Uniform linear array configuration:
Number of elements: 16
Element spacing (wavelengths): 0.25
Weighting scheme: kaiser
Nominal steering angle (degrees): -45
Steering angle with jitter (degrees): -46.989
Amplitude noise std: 0.05
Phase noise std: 0.05

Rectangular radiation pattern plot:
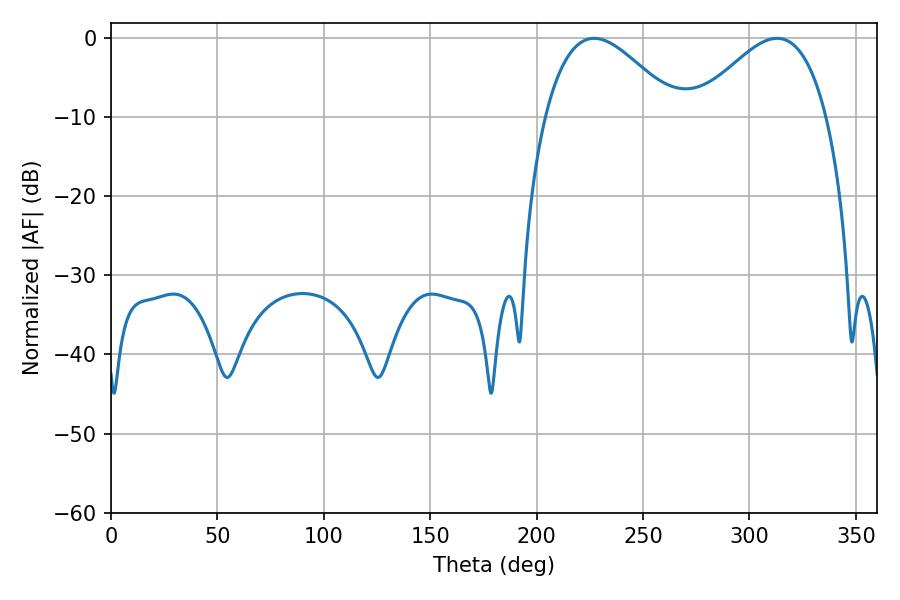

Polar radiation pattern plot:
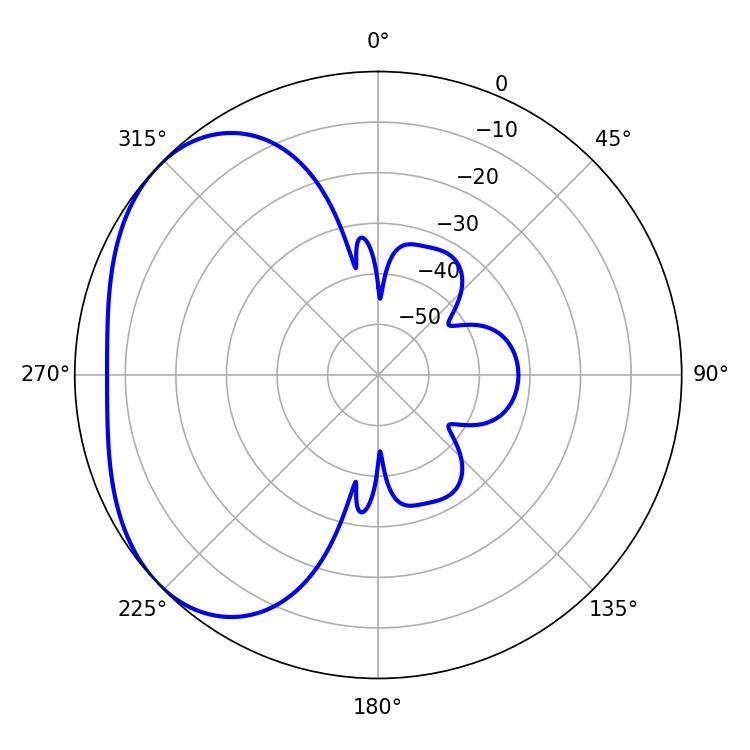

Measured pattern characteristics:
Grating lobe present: FALSE
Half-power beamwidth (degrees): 33.3
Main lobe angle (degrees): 226.98